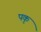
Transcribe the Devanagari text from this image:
पकृ